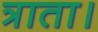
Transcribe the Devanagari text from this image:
त्राता।